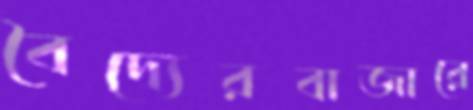
বৈদ্যেরবাজারে